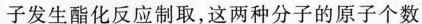
子发生酯化反应制取，这两种分子的原子个数